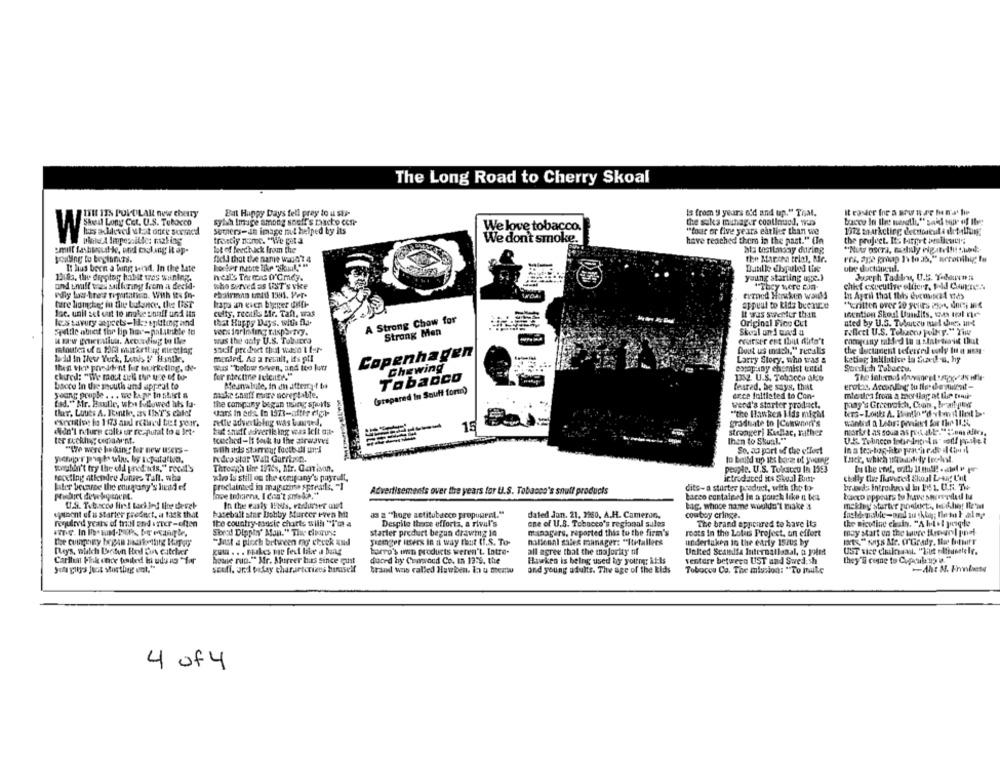
The Long Road to Cherry Skoal
ISH ITN PULULAR new cherry
Bat Happy Days fell pray to u sts-
Is from 9 years old and up." Toal.
It easier for a sown ar he mat tie
sybh Image among souff's pacto con-
the saks munager continued, was
Sheil Lony Cet. U.S. Tubocco
We love tobacco
WE
Sumers-an image rat helped by its
"four or five years earlier than we
1372 marketing dectorkut & de tilfung:
trattiy nene. "We pita
We don't smoke.
have reached them in the past." (In
the project. It. target an Bewer:
: mill Lashtoute, weil cooking it ap-
lot of feedback from the
als testimony during
"Nuty ascra, moduly eigtelfut sund-
sodling tu brytanias.
the Marcha trial, Mr.
res, aye grap 1\ to ab," ncrobiliy fu
fied that the name wasn't 4
ube ductisuccul.
It lus been a thing stad. In the late
Butlle dbpulel tine
19 83, three dipoter hateit was whining.
hell's Three Q'℃mey.
young starting uge.3
Joseph Tadlu, U.S. Yodouron;
and enuff was sullering frem a deckd-
who served as UST's vice
"They were cun-
chief executive eltierr. IWd Corre ..
erzned Hawken would
In April that this deenvuzl vids
ture lomphet in the balance, the LIST
kapa aan even beger diffi-
appuut to Lidz beence
"written over 20 pairs Port, dnes and
Ise. unil set out to ingke banff und Its
culty, recalls Mir. Taft, was
A Strong Chow for
I Was Swerter than
les savury aspects-Id: spliting and
that Happy Days. with na.
Original Fico Cut
ated by U.S. Tulcuteu mel chies unt
Tillle abnot the lip bov-palatele to
Strong Men
reflect U.S. Tobacco Folk.y." Time
u saw generatiun. According to the
was the goly U.S. Tulucra
fairser ent thit duits"t
sacif pre deset that wasn't tur-
Dust us watch." recalls
the document tefercedd voly It a non-
mended. As a result, it's all
Copenhagen
bold In New York, Louh ! Hantk.
Larry Story, who was &
keting Initiative in Sucuk a. hy
then vier povedent for worketing, de-
Was "below seven, and too hot
Chewing
estoy sny chemist until
Soudich Tobacco.
for pectine Ieleute."
Tobacco
1332. U.S. Tobacco alco
bacce In the south and appeal to
Meanalute, In an attempt ba
feared, De says, thist
young people . .. we kapr to suist a
make snuff mare ncreptable.
(prepared In Souff form)
erice faltlated to Con-
mostra from a tortlag at the trail-
tad." Mr. Esulle, wbe followed hits la.
the company began using sports
werd's starter product.
ther, Luues A. Fonthe, ars (187's chief
cars in eds lo 1971-after digt-
"the Hawkes Lids might
CEedRive ho 1173 au rctired but your.
rette adverthing was kaged,
graduate to |Conwnari's
didn't nature colts er rezputat to a iet.
tut shift usiverile ing was left aa-
15
stronger! Kullac, rather
market as soua as po all."Con ifers,
ter Ecckiny cegrant.
touched -It fouk tu the airwaves
then to Skual."
with ads starrout football un !!
"170 were listing for new users-
So. ao port of the effect
Kdro star Wan Garitain.
to beild up its base of young
wonghin't try the did pred nis." recal's
Through tire 197ts, Mtr. Gaison.
people. U.S. Tolsacco In 1553
texting atkendee Junies Tant, wha
who is still on the company's payrull,
introduced its Swual Butt-
later beware the etugtany's liend ef
proclaimed in maguire spreails. "I
dits-a sturter product, with the by-
broads introdrod Ini PS 1. U.S. TH
inge Indraena, I don't smoke."
Advertisements over the years for U.S. Tobacco's snull products
bacco contained in a pouch like n tes
U.S. T.tscos lint tackled line thevet-
tag, whose name wouldn't make a
maklay starter poeloct ., techief Ite'ml
umont of a starter product, a task that
busebalt star Bobby Murcer even hit
as a "huge actitobacco proponeel."
dated Jan. 21. 2250, A.H. Cameron,
cowboy cringe.
required years of trial and after-often
the country music charts will "I'm a
Despite thrace efforts, a rival's
one of U.S. Tobacco's regional sales
The brand appeared to have It;
Strad Dippty' Man." The clearurys
starter predurt begun drawing 14
managers, reported this to the firm's
roots In the Lotus Project, un effort
"Just a plech between ong check and
Sizeger users in a way that (I.S. To-
national sales manager: "Itetallers
undertaken in the early isius by
" Sys Me. CrGrady, the bour
Reys, nich Dotun Hol On catcher
torro's unn products weren't. latre-
all agree that the majority of
United Scandia International, a Joie
UST vice clmin Fal. "Ziut alteunetele.
Carllu Fik once tented la udu ns "for
home run." Mr. Mureer has since trust
duced by Crawand Co. In 1379, the
Haken is being used by yoting; il ls
venture between UST and Swedish
they'll come to Cupoule 19 18."
soufi. urod palay characterizes buaself
tud was called Hawben. In u meantu
and young adults. The age of the kids
Tubocos Co. The mission: "To Ille
4 of 4